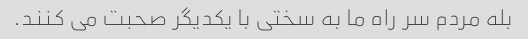
بله مردم سر راه ما به سختی با یکدیگر صحبت می کنند.